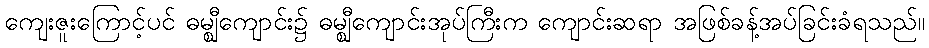
ကျေးဇူးကြောင့်ပင် ဓမ္ဈီကျောင်း၌ ဓမ္ဈီကျောင်းအုပ်ကြီးက ကျောင်းဆရာ အဖြစ်ခန့်အပ်ခြင်းခံရသည်။